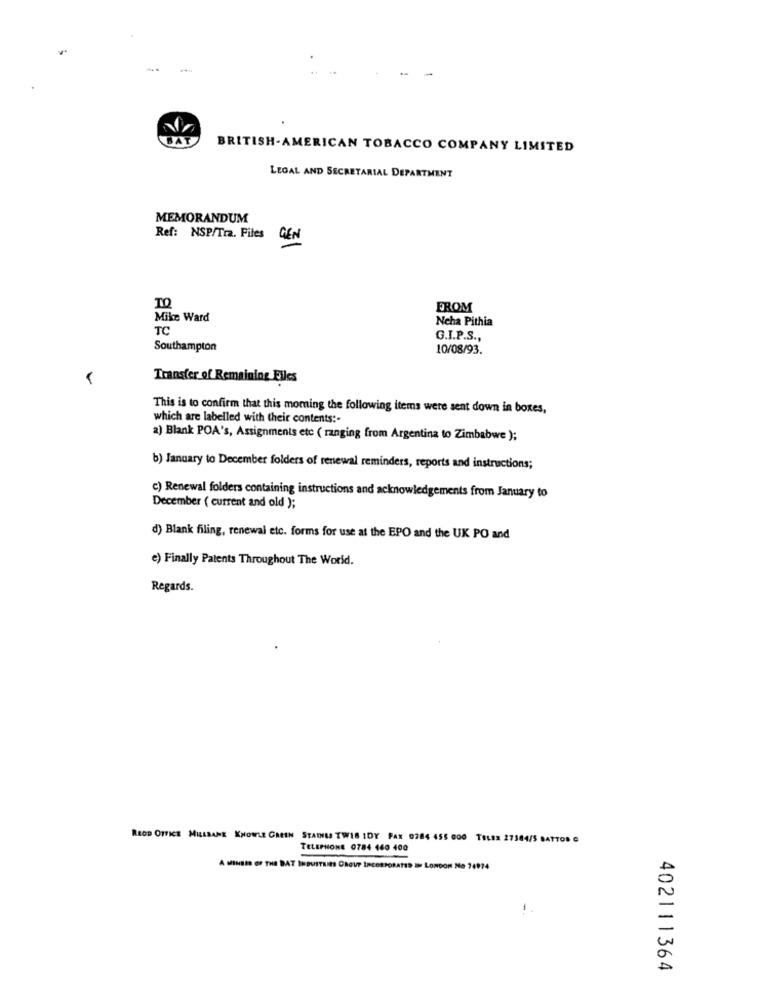
BAT
BRITISH-AMERICAN TOBACCO COMPANY LIMITED
LEGAL AND SECRETARIAL DEPARTMENT
MEMORANDUM
Ref: NSP/Tra. Files
GEN
FROM
Mike Ward
Ncha Pithia
TC
G.I.P.S .,
Southampton
10/08/93.
Transfer of Remaining Files
This is to confirm that this moming the following items were sent down in boxes,
which are labelled with their contents :-
a) Blank POA's, Assignments etc ( ranging from Argentina to Zimbabwe );
b) January to December folders of renewal reminders, reports and instructions;
c) Renewal folders containing instructions and acknowledgements from January to
December ( current and old );
d) Blank filing, renewal etc. forms for use at the EPO and the UK PO and
e) Finally Patents Throughout The World.
Regards.
REOD OFFICE MILLBANE KNOWLE GREEN STAINILS TWIS IDY FAX 0284 455 000 TELEN 27384/5 8ATT08 G
TELEPHONE 0784 460 400
A MINDER OF THE BAT INDUSTRIES CROUP INCORPORATED IN LONDON NO 74974
402111364